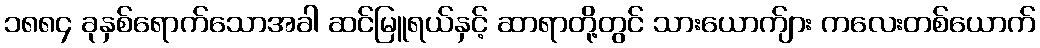
၁၈၈၄ ခုနှစ်ရောက်သောအခါ ဆင်မြူရယ်နှင့် ဆာရာတို့တွင် သားယောက်ျား ကလေးတစ်ယောက်